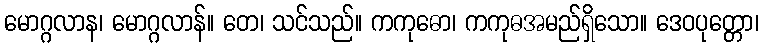
မောဂ္ဂလာန၊ မောဂ္ဂလာန်။ တေ၊ သင်သည်။ ကကုဓော၊ ကကုဓအမည်ရှိသော။ ဒေဝပုတ္တော၊